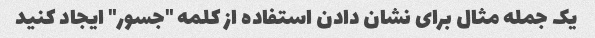
یک جمله مثال برای نشان دادن استفاده از کلمه "جسور" ایجاد کنید